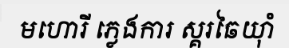
មហោរី ភ្លេងការ ស្គរឆៃយ៉ាំ